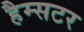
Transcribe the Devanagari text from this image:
हैम्सटर